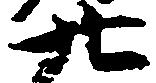
廿